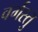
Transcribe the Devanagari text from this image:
वर्गस्तु